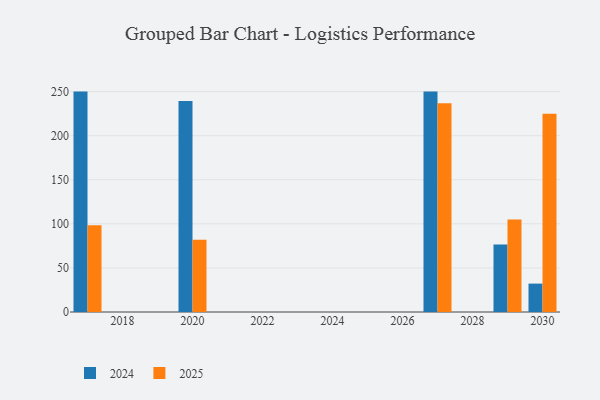
{"axis": {"x": "Year", "y": "Churn Rate (%)"}, "legend": ["2024", "2025"], "data": [{"x": "2017", "y": 250.0, "type": "2024"}, {"x": "2017", "y": 98.5, "type": "2025"}, {"x": "2027", "y": 250.0, "type": "2024"}, {"x": "2027", "y": 236.7, "type": "2025"}, {"x": "2020", "y": 239.3, "type": "2024"}, {"x": "2020", "y": 82.0, "type": "2025"}, {"x": "2030", "y": 32.2, "type": "2024"}, {"x": "2030", "y": 225.0, "type": "2025"}, {"x": "2029", "y": 76.7, "type": "2024"}, {"x": "2029", "y": 104.9, "type": "2025"}]}